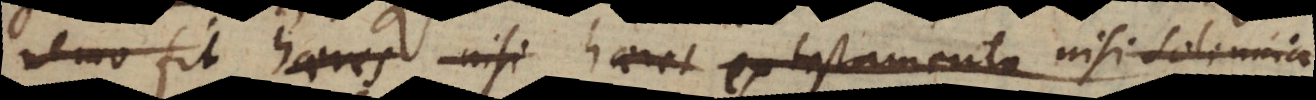
nemo fit haeres nisi ex testamento nisi solemnia